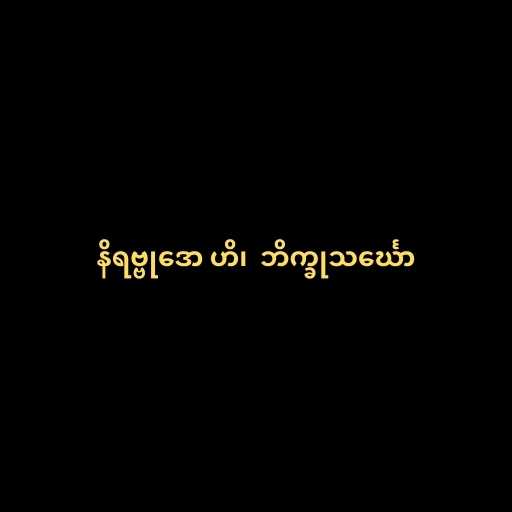
နိရဗ္ဗုဒော ဟိ၊  ဘိက္ခုသင်္ဃော